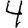
Digit: 4